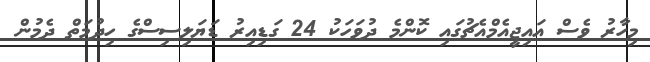
މިހާރު ވެސް އައިޖީއެމްއެޗުގައި ކޮންމެ ދުވަހަކު 24 ގަޑިއިރު ޑަޔަލިސިސްގެ ހިދުމަތް ދެމުން